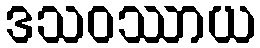
ဒသဝဿာယ